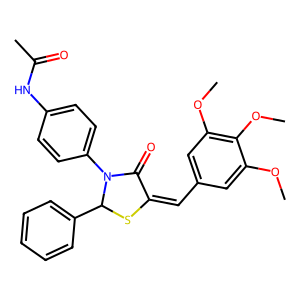
SMILES: COc1cc(C=C2SC(c3ccccc3)N(c3ccc(NC(C)=O)cc3)C2=O)cc(OC)c1OC
Inhibits HIV replication: No